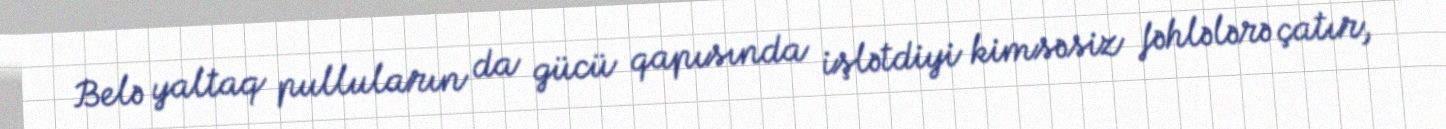
Belə yaltaq pulluların da gücü qapısında işlətdiyi kimsəsiz fəhlələrə çatır,